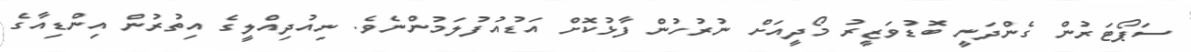
ސަޕޯޓަރުން ގެންދަނީ ބޮޑުވަޒީރު މޯދީއަށް ނުރުހުން ފާޅުކޮށް އަޑުއުފުލަމުންނެވެ. ނިއުދިއްލީގެ އިތުރުން އިންޑިއާގެ